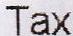
TAX